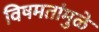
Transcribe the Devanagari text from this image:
विषमतांमुळे